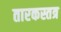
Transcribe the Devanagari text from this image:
तारकस्तत्र